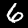
Label: 6